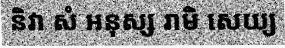
និវា សំ អនុស្ស រាមិ សេយ្យ